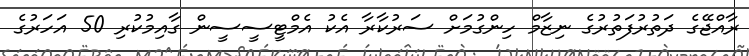
ރާއްޖޭގެ ދަތުރުފަތުރުގެ ނިޒާމް ހިންގުމަށް ސަރުކާރާ އެކު އެމްޓީސީސީން ގާއިމުކުރި 50 އަހަރުގެ